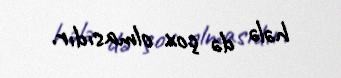
hələ də çox olmasıdır.